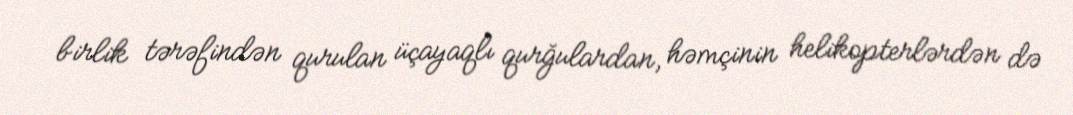
birlik tərəfindən qurulan üçayaqlı qurğulardan, həmçinin helikopterlərdən də